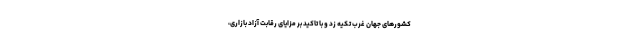
کشورهای جهان غرب تکیه زد و با تاکید بر مزایای رقابت آزاد بازاری،